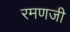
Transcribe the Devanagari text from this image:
रमणजी